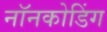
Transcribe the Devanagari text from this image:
नॉनकोडिंग